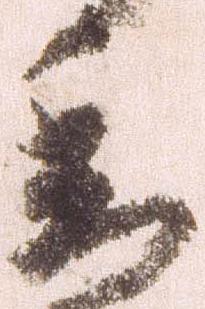
委